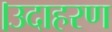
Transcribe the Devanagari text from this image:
।उदाहरण